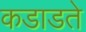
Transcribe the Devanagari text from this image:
कडाडते